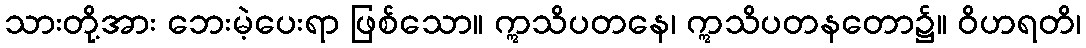
သားတို့အား ဘေးမဲ့ပေးရာ ဖြစ်သော။ ဣသိပတနေ၊ ဣသိပတနတော၌။ ဝိဟရတိ၊